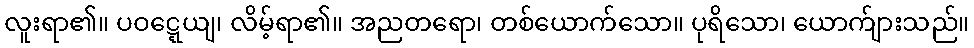
လူးရာ၏။ ပဝဋ္ဋေယျ၊ လိမ့်ရာ၏။ အညတရော၊ တစ်ယောက်သော။ ပုရိသော၊ ယောက်ျားသည်။